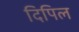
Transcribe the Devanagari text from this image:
दिपिल